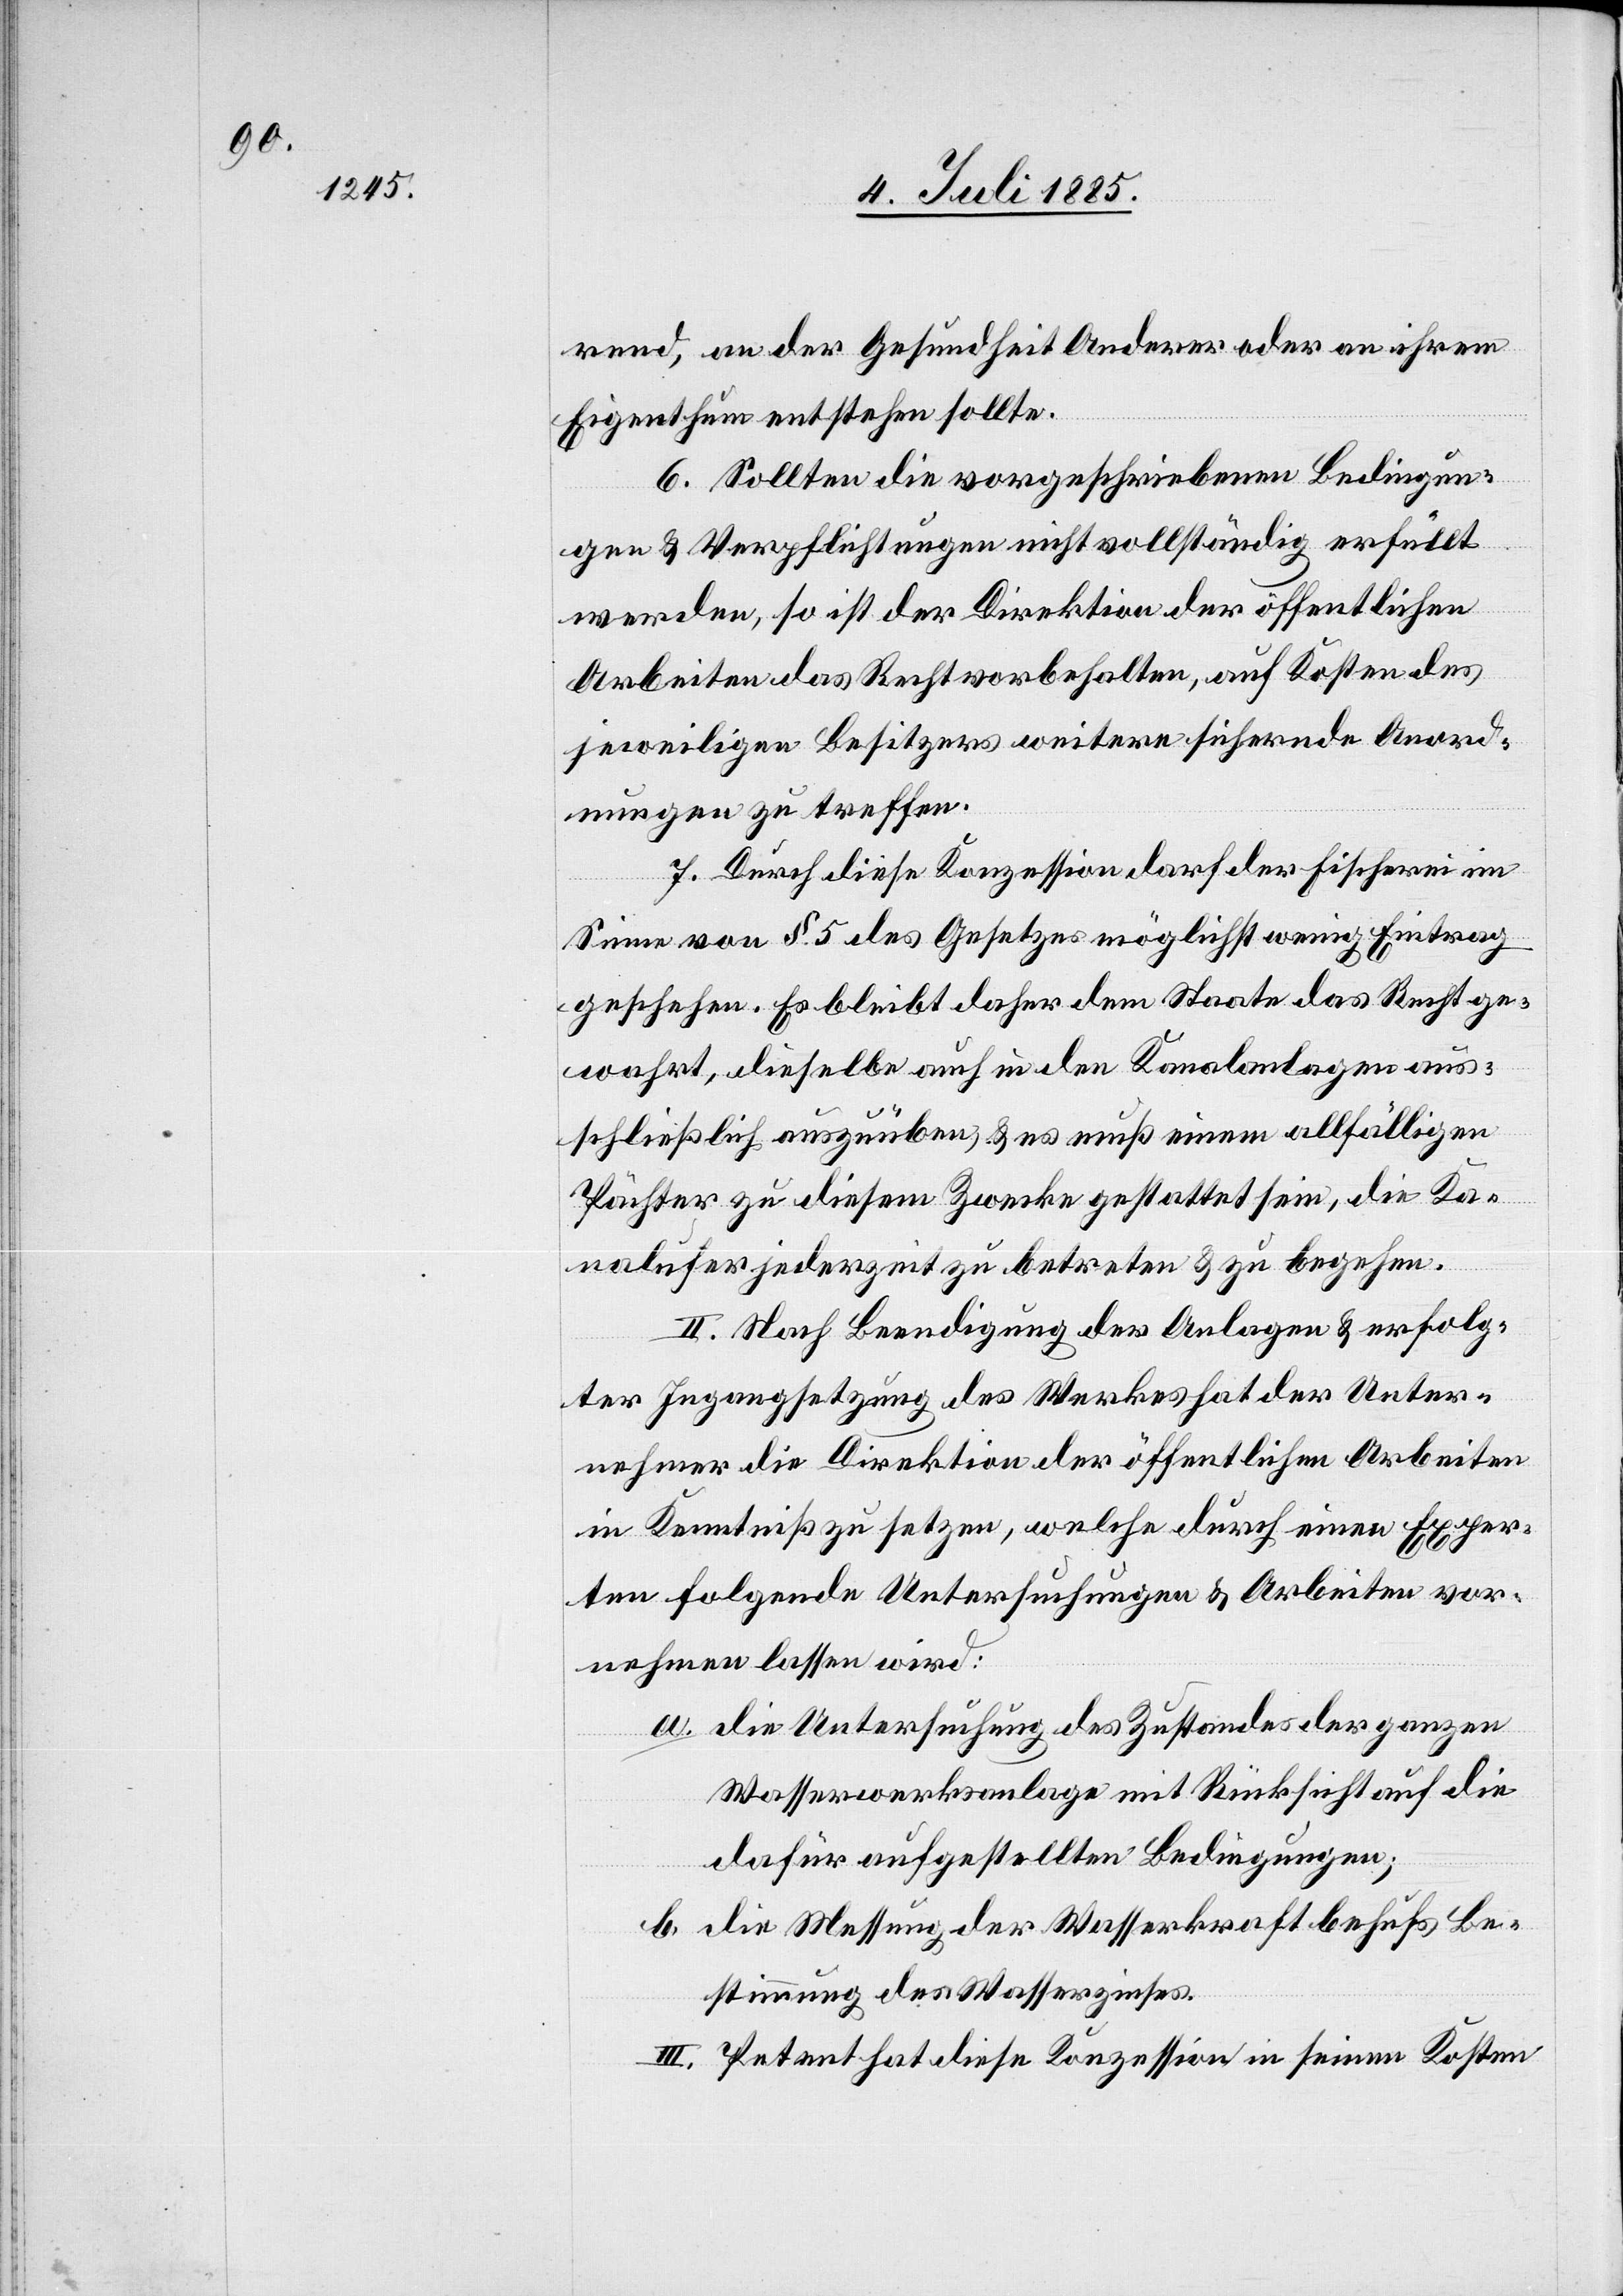
rend, an der Gesundheit Anderer oder an ihrem
Eigenthum entstehen sollte.
6. Sollten die vorgeschriebenen Bedingun¬
gen & Verpflichtungen nicht vollständig erfüllt
werden, so ist der Direktion der öffentlichen
Arbeiten das Recht vorbehalten, auf Kosten des
jeweiligen Besitzers weitere sichernde Anord¬
nungen zu treffen.
7. Durch diese Konzession darf der Fischerei im
Sinne von § 5 des Gesetzes möglichst wenig Eintrag
geschehen. Es bleibt daher dem Staate das Recht ge¬
wahrt, dieselbe auch in den Kanalanlagen aus¬
schließlich auszuüben & es muß einem allfälligen
Pächter zu diesem Zwecke gestattet sein, die Ka¬
nalufer jederzeit zu betreten & zu begehen.
II. Nach Beendigung der Anlagen & erfolg¬
ter Ingangsetzung des Werkes hat der Unter¬
nehmer die Direktion der öffentlichen Arbeiten
in Kenntniß zu setzen, welche durch einen Exper¬
ten folgende Untersuchungen & Arbeiten vor¬
nehmen lassen wird:
a. die Untersuchung des Zustandes der ganzen
Wasserwerksanlage mit Rücksicht auf die
dafür aufgestellten Bedingungen;
b. die Messung der Wasserkraft behufs Be¬
stimmung des Wasserzinses.
III. Petent hat diese Konzession in seinen Kosten